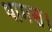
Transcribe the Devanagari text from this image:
थामस।